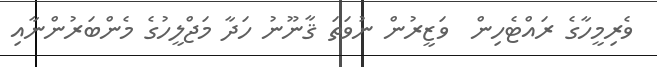
ވެރިމީހާގެ ރައްޓެހިން  ވަޒީރުން ނުވަތަ ޤާނޫނު ހަދާ މަޖްލީހުގެ މެންބަރުންނާއި